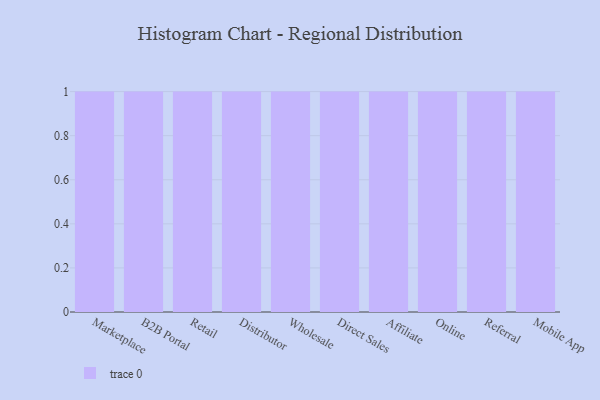
{"axis": {"x": "Channel", "y": "Churn Rate (%)"}, "legend": [""], "data": [{"x": "Marketplace", "y": 19, "type": ""}, {"x": "B2B Portal", "y": 13, "type": ""}, {"x": "Retail", "y": 72, "type": ""}, {"x": "Distributor", "y": 86, "type": ""}, {"x": "Wholesale", "y": 44, "type": ""}, {"x": "Direct Sales", "y": 41, "type": ""}, {"x": "Affiliate", "y": 99, "type": ""}, {"x": "Online", "y": 59, "type": ""}, {"x": "Referral", "y": 61, "type": ""}, {"x": "Mobile App", "y": 82, "type": ""}]}